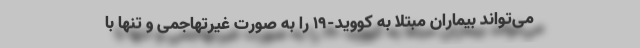
می‌تواند بیماران مبتلا به کووید-۱۹ را به صورت غیرتهاجمی و تنها با